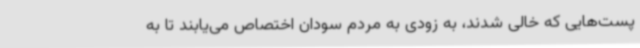
پست‌هایی که خالی شدند، به زودی به مردم سودان اختصاص می‌یابند تا به